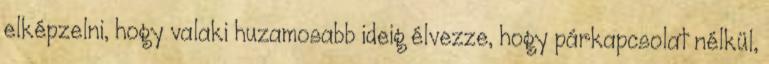
elképzelni, hogy valaki huzamosabb ideig élvezze, hogy párkapcsolat nélkül,